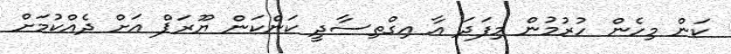
ކަން މިހެން ހުރުމުން މިފަދަ އާ އިގްތިސާދީ ކަންކަން ޔޫރަޕް އަށް ދެއްކުމަށް